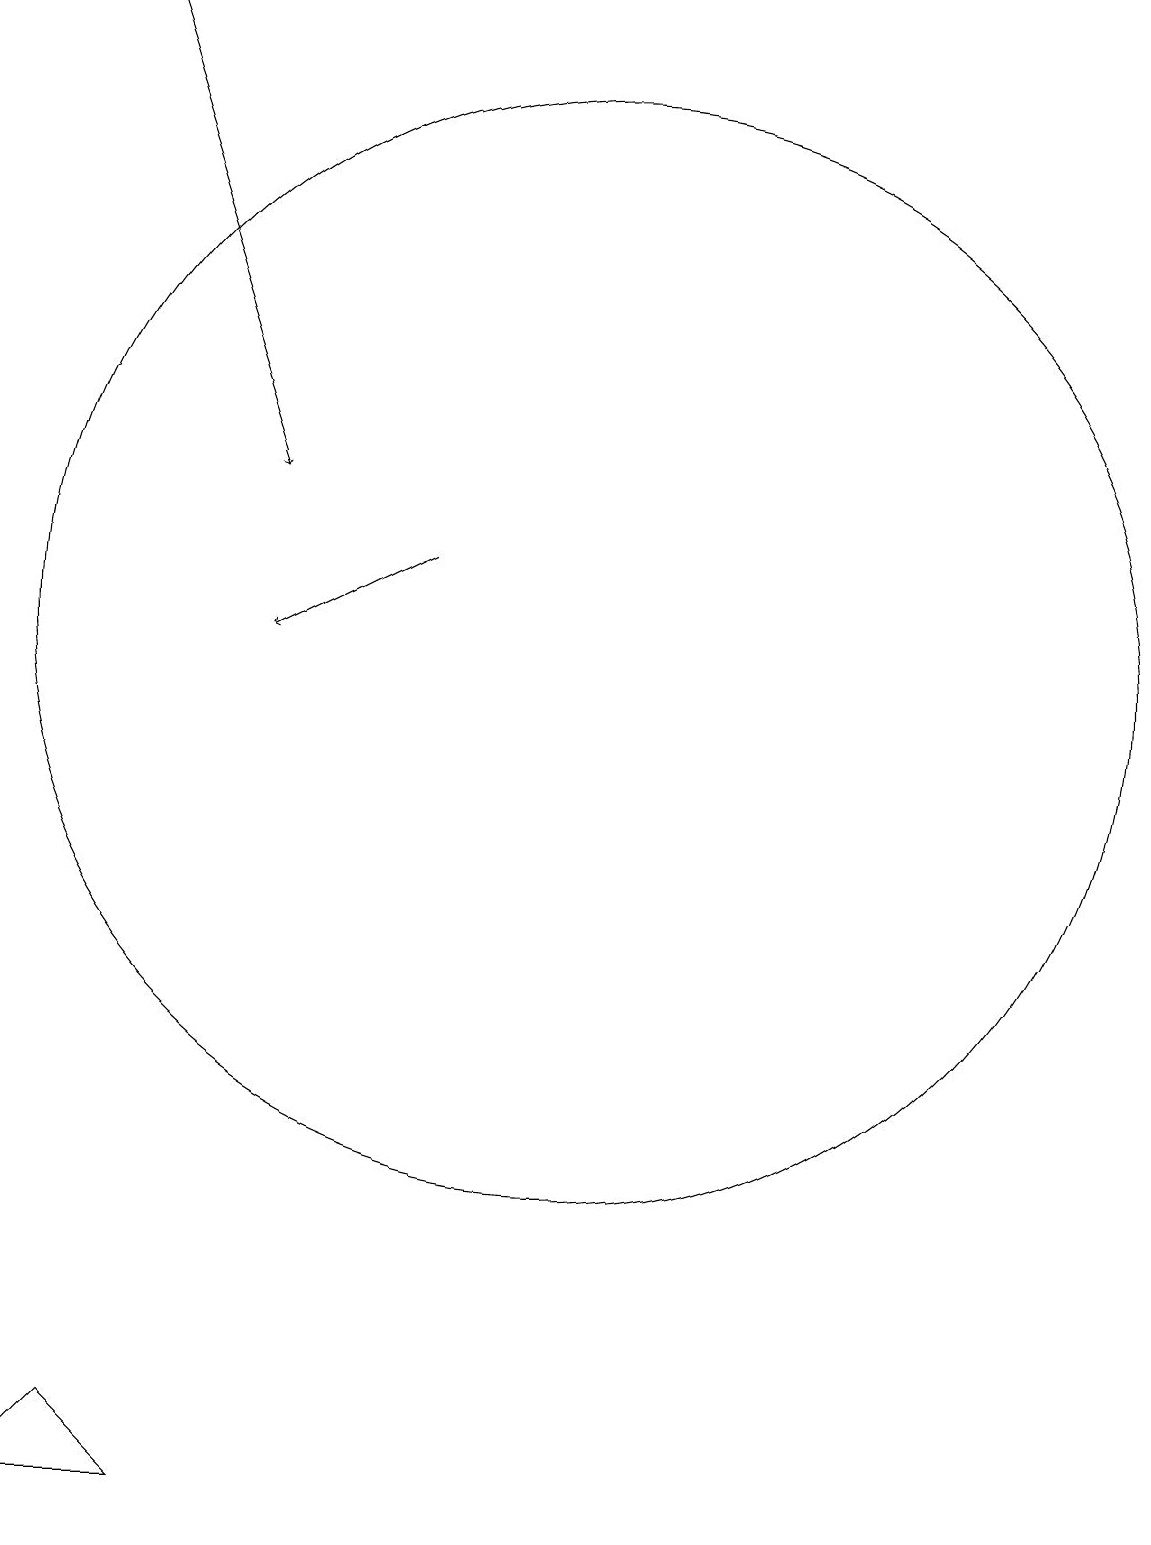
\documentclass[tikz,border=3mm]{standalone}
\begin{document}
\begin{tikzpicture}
\draw (6,0) -- (4,0) -- (5,1) -- cycle;
\draw (11,11) circle (7);
\draw[->] (9,12) -- (7,11);
\draw[->] (5,19) -- (7,13);
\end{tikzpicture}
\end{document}